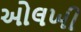
ઓલખી